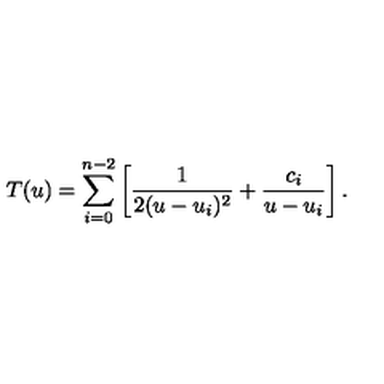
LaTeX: T ( u ) = \sum _ { i = 0 } ^ { n - 2 } \left[ { \frac { 1 } { 2 ( u - u _ { i } ) ^ { 2 } } } + { \frac { c _ { i } } { u - u _ { i } } } \right] .